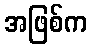
အဖြစ်က